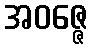
အဝဇ္ဇေ